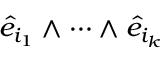
\hat { e } _ { i _ { 1 } } \wedge \dots \wedge \hat { e } _ { i _ { k } }